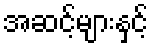
အဆင့်များနှင့်